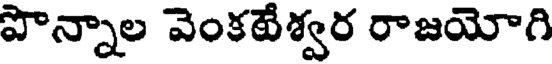
పొన్నాల వెంకటేశ్వర రాజయోగి